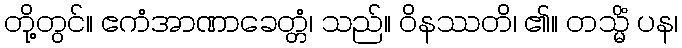
တို့တွင်။ ဧကံအာဏာခေတ္တံ၊ သည်။ ဝိနဿတိ၊ ၏။ တသ္မိံ ပန၊